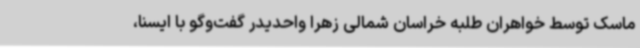
ماسک توسط خواهران طلبه خراسان شمالی زهرا واحدیدر گفت‌وگو با ایسنا،